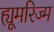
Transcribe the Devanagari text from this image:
ह्यूमरिज्म